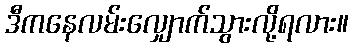
ဒီကနေလမ်းလျှောက်သွားလို့ရလား။